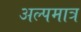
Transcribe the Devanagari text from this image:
अल्पमात्र